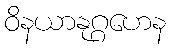
ဝိနယာနုဂ္ဂဟေန